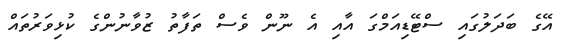
އޭގެ ބަދަލުގައި ސްޓޭޑިއަމްގަ އާއި އެ ނޫން ވެސް ތަފާތު ޒުވާނުންގެ ކުޅިވަރުތައް